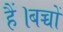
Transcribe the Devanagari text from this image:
हैं।बच्चों